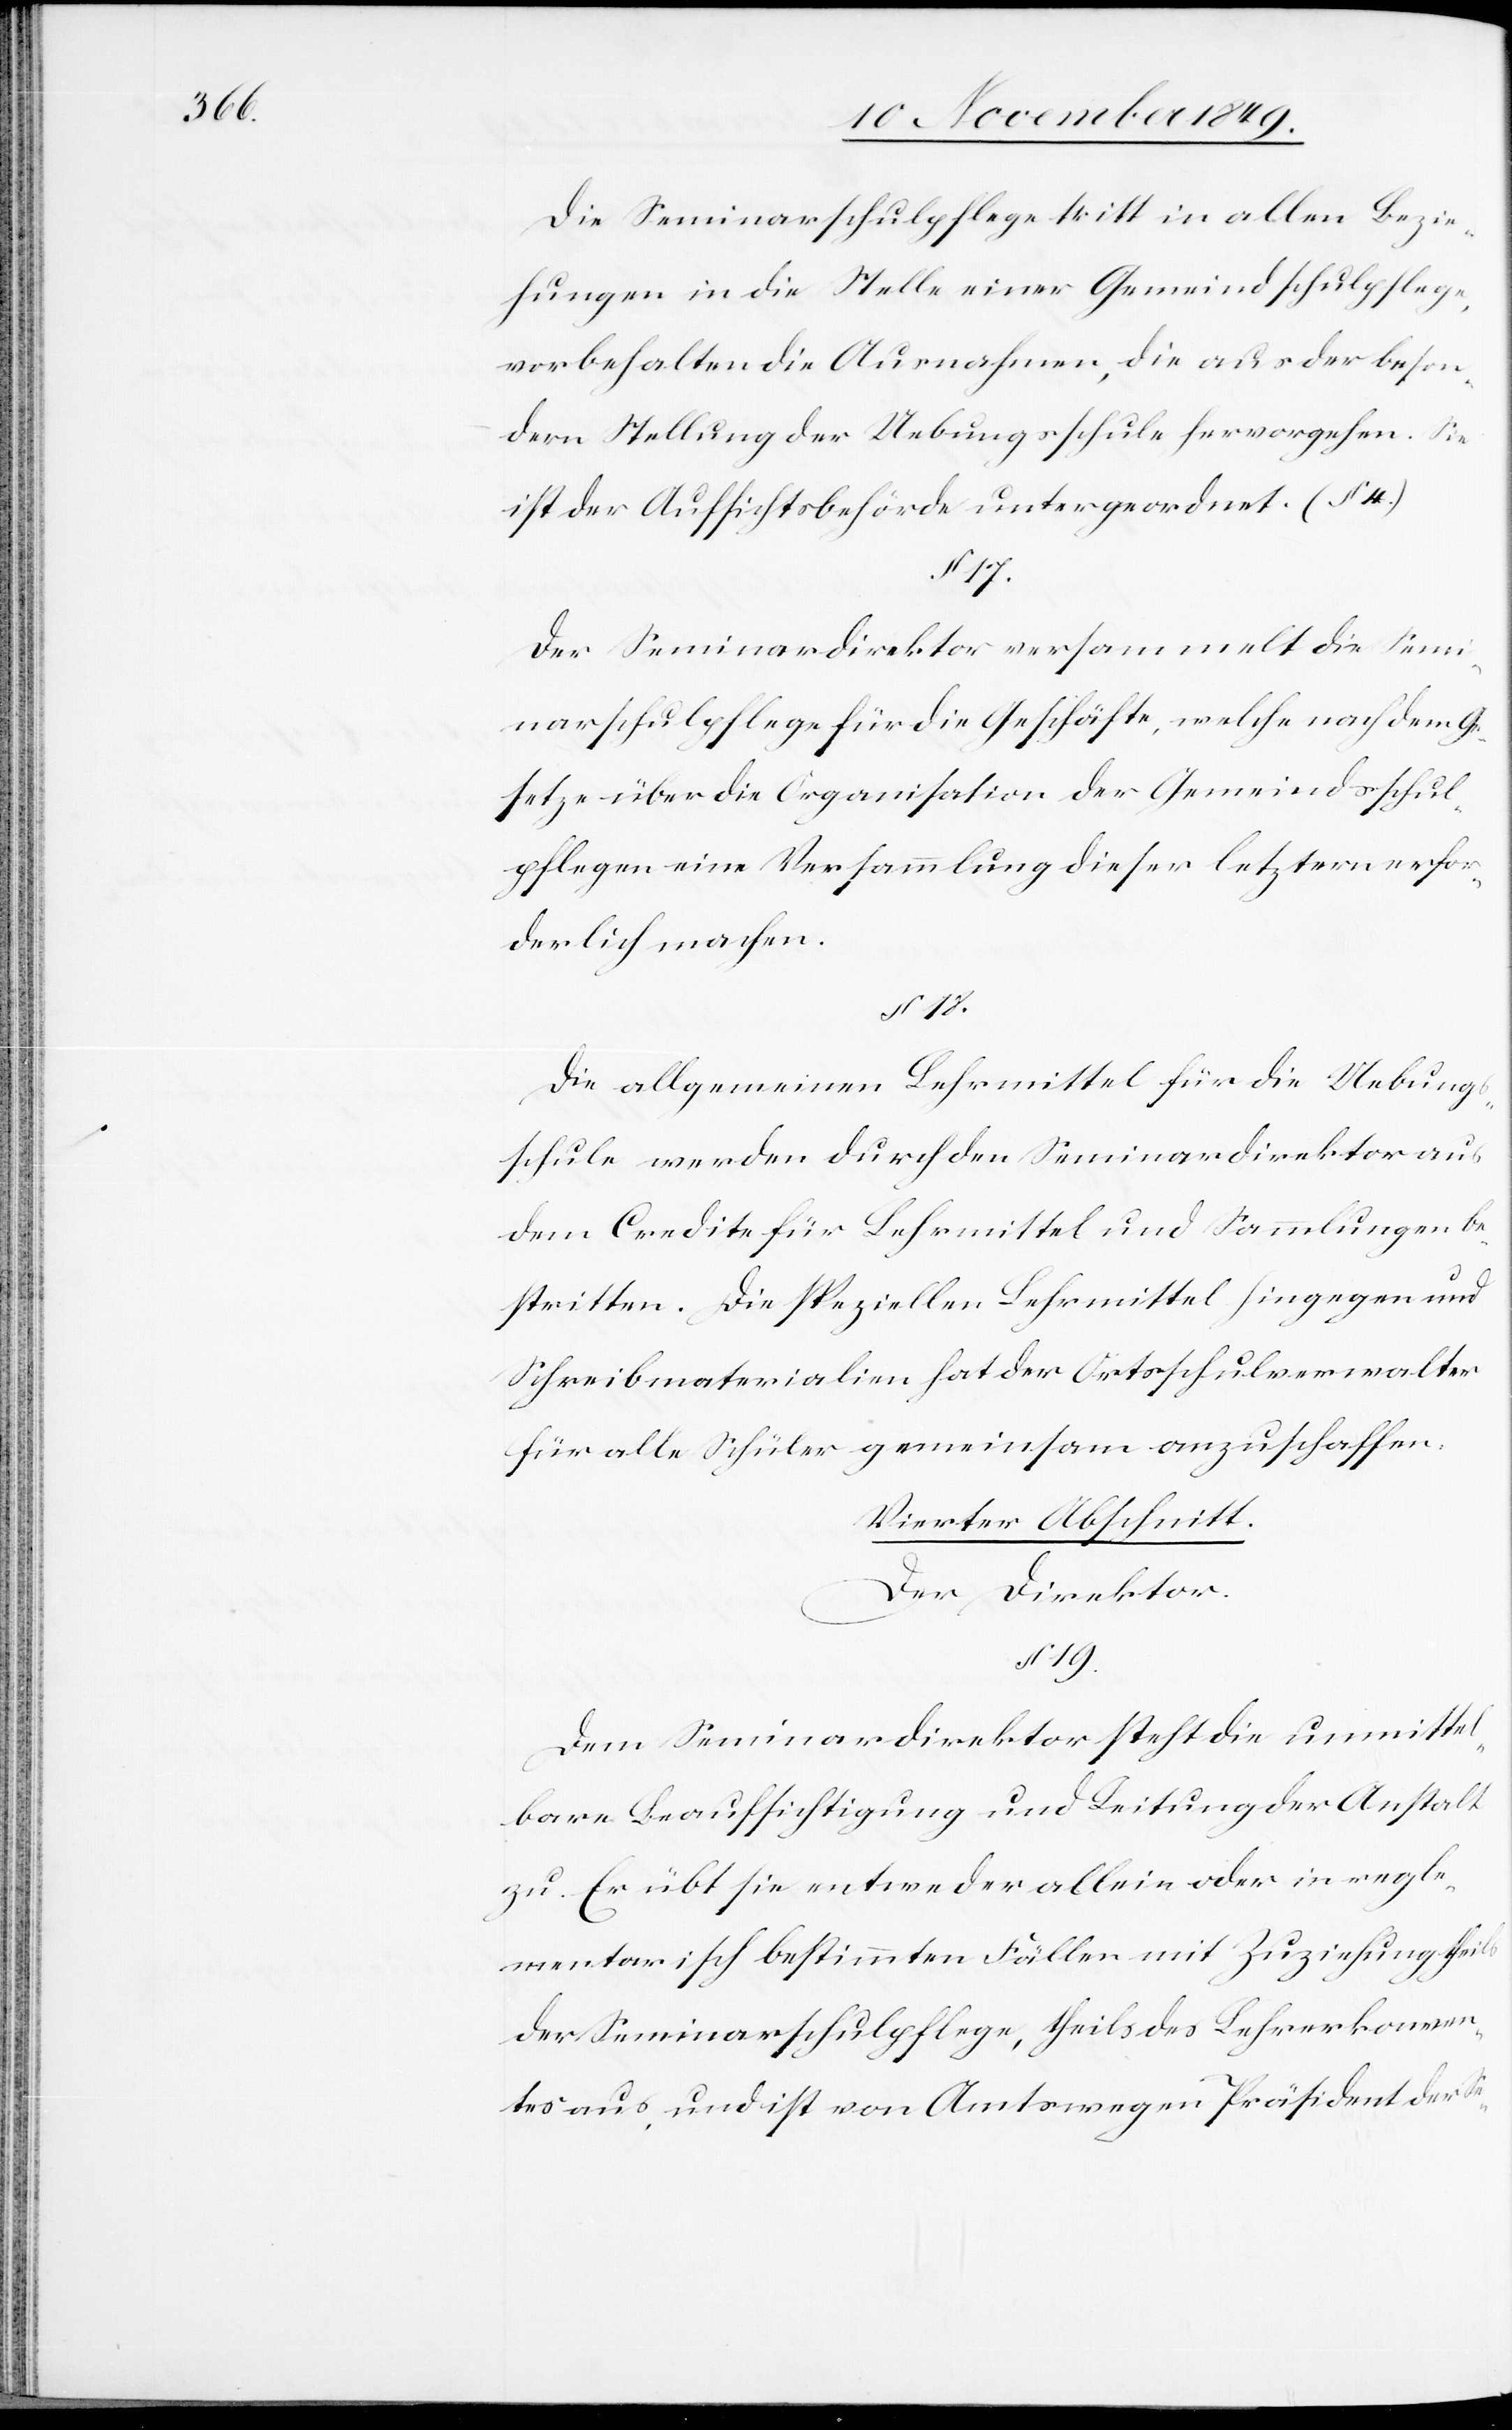
Die Seminarschulpflege tritt in allen Bezie¬
hungen in die Stelle einer Gemeindsschulpflege,
vorbehalten die Ausnahme, die aus der beson¬
dern Stellung der Uebungsschule hervorgehen. Sie
ist der Aufsichtsbehörde untergeordnet. (§ 4)
§ 17.
Der Seminardirektor versammelt die Semi¬
narschulpflege für die Geschäfte, welche nach dem Ge¬
setze über die Organisation der Gemeindsschul¬
pflegen eine Versammlung dieser letztern erfor¬
derlich machen.
§ 18.
Die allgemeinen Lehrmittel für die Uebungs¬
schule werden durch den Seminardirektor aus
dem Credite für Lehrmittel und Sammlungen be¬
stritten. Die speziellen Lehrmittel hingegen und
Schreibmaterialien hat der Ortschulverwalter
für alle Schüler gemeinsam anzuschaffen.
Vierter Abschnitt.
Der Direktor.
§ 19.
Dem Seminardirektor steht die unmittel¬
bare Beaufsichtigung und Leitung der Anstalt
zu. Er übt sie entweder allein oder in regle¬
mentarisch bestimmten Fällen mit Zuziehung theils
der Seminarschulpflege, theils des Lehrerkonven¬
tes aus, und ist von Amtswegen Präsident der Se-